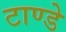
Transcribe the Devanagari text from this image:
टाण्डे